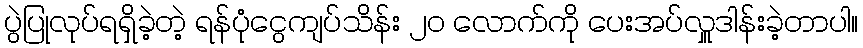
ပွဲပြုလုပ်ရရှိခဲ့တဲ့ ရန်ပုံငွေကျပ်သိန်း ၂၀ လောက်ကို ပေးအပ်လှူဒါန်းခဲ့တာပါ။